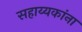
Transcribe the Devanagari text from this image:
सहाय्यकांना